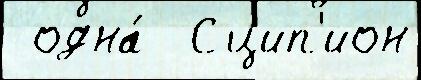
 одна́  Сцип'ион